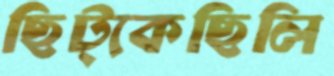
ছিট্‌কেছিলি